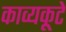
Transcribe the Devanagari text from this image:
काव्यकूटे